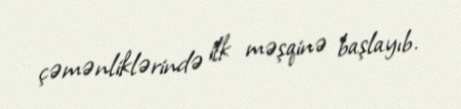
çəmənliklərində ilk məşqinə başlayıb.